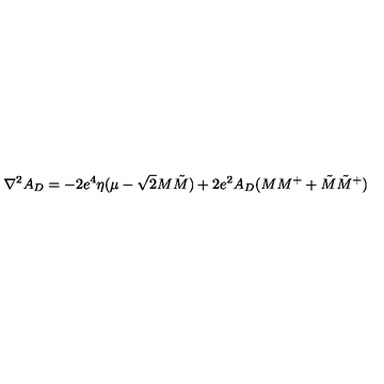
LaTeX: \nabla ^ { 2 } A _ { D } = - 2 e ^ { 4 } \eta ( \mu - \sqrt { 2 } M \tilde { M } ) + 2 e ^ { 2 } A _ { D } ( M M ^ { + } + \tilde { M } \tilde { M } ^ { + } )